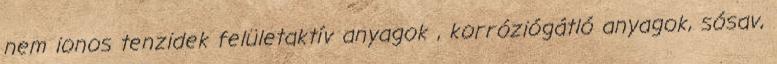
nem ionos tenzidek felületaktív anyagok , korróziógátló anyagok, sósav,